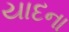
યાદના